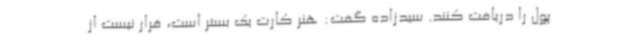
پول را دریافت کنند. سیدزاده گفت: هنر کارت یک بستر است، قرار نیست از